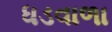
ધડવાળા